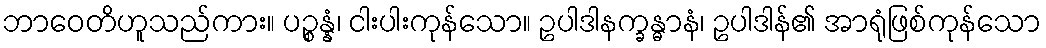
ဘာဝေတိဟူသည်ကား။ ပဉ္စန္နံ၊ ငါးပါးကုန်သော။ ဥပါဒါနက္ခန္ဓာနံ၊ ဥပါဒါန်၏ အာရုံဖြစ်ကုန်သော